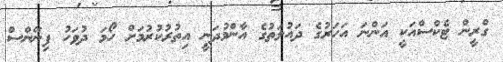
ގްރީން ޓެކްސްއަކީ އަންނަ އަހަރުގެ ދައުލަތުގެ އާންމުދަނީ އިތުރުކުރުމަށް ހޯމަ ދުވަހު ފިނޭންސް